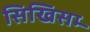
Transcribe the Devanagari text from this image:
सिखिसम्‍